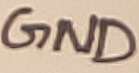
Text: GND